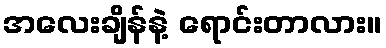
အလေးချိန်နဲ့ ရောင်းတာလား။